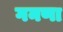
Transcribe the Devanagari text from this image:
गनणा